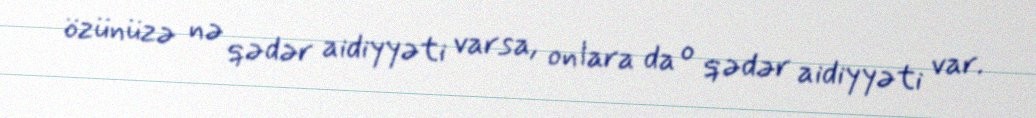
özünüzə nə qədər aidiyyəti varsa, onlara da o qədər aidiyyəti var.